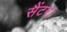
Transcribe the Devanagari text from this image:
सैंटर।